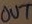
Text: OUT